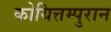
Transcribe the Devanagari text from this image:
कोयित्तम्पुरान